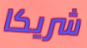
شريكا